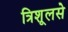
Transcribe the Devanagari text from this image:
त्रिशूलसे